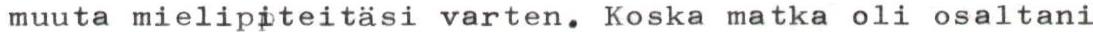
muuta mielipiteitäsi varten. Koska matka oli osaltani